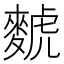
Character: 𫜐